Annual administration report of the Civil Veterinary Department of India - 1910-1911
Year: 1910
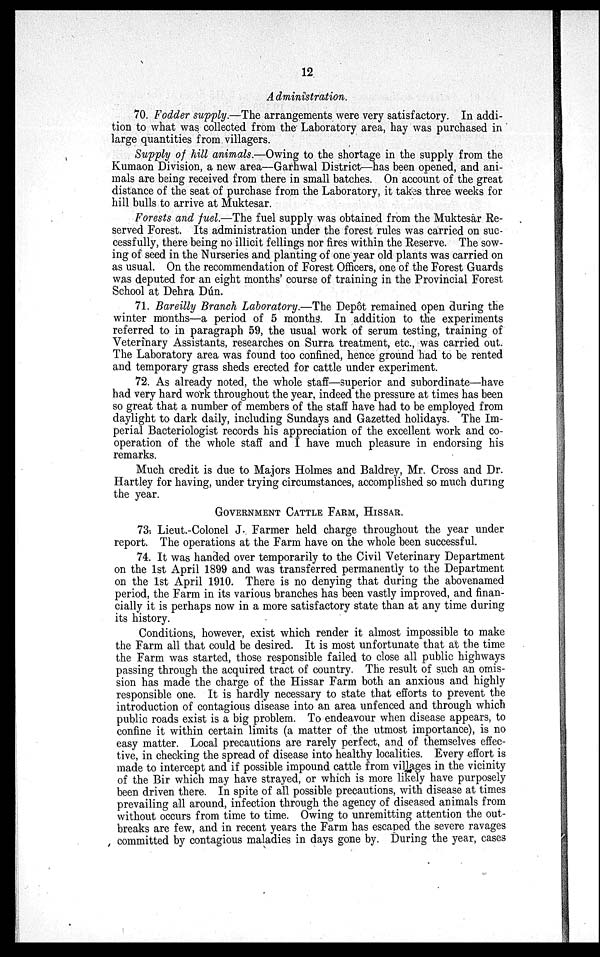
12
Administration.
70. Fodder supply.—The arrangements were very satisfactory. In addi-
tion to what was collected from the Laboratory area, hay was purchased in
large quantities from villagers.
Supply of hill animals.—Owing to the shortage in the supply from the
Kumaon Division, a new area—Garhwal District—has been opened, and ani-
mals are being received from there in small batches. On account of the great
distance of the seat of purchase from the Laboratory, it takes three weeks for
hill bulls to arrive at Muktesar.
Forests and fuel.—The fuel supply was obtained from the Muktesar Re-
served Forest. Its administration under the forest rules was carried on suc-
cessfully, there being no illicit fellings nor fires within the Reserve. The sow-
ing of seed in the Nurseries and planting of one year old plants was carried on
as usual. On the recommendation of Forest Officers, one of the Forest Guards
was deputed for an eight months' course of training in the Provincial Forest
School at Dehra Dún.
71. Bareilly Branch Laboratory.—The Depôt remained open during the
winter months—a period of 5 months. In addition to the experiments
referred to in paragraph 59, the usual work of serum testing, training of
Veterinary Assistants, researches on Surra treatment, etc., was carried out.
The Laboratory area was found too confined, hence ground had to be rented
and temporary grass sheds erected for cattle under experiment.
72. As already noted, the whole staff—superior and subordinate—have
had very hard work throughout the year, indeed the pressure at times has been
so great that a number of members of the staff have had to be employed from
daylight to dark daily, including Sundays and Gazetted holidays. The Im-
perial Bacteriologist records his appreciation of the excellent work and co-
operation of the whole staff and I have much pleasure in endorsing his
remarks.
Much credit is due to Majors Holmes and Baldrey, Mr. Cross and Dr.
Hartley for having, under trying circumstances, accomplished so much during
the year.
GOVERNMENT CATTLE FARM, HISSAR.
73. Lieut.-Colonel J. Farmer held charge throughout the year under
report. The operations at the Farm have on the whole been successful.
74. It was handed over temporarily to the Civil Veterinary Department
on the 1st April 1899 and was transferred permanently to the Department
on the 1st April 1910. There is no denying that during the abovenamed
period, the Farm in its various branches has been vastly improved, and finan-
cially it is perhaps now in a more satisfactory state than at any time during
its history.
Conditions, however, exist which render it almost impossible to make
the Farm all that could be desired. It is most unfortunate that at the time
the Farm was started, those responsible failed to close all public highways
passing through the acquired tract of country. The result of such an omis-
sion has made the charge of the Hissar Farm both an anxious and highly
responsible one. It is hardly necessary to state that efforts to prevent the
introduction of contagious disease into an area unfenced and through which
public roads exist is a big problem. To endeavour when disease appears, to
confine it within certain limits (a matter of the utmost importance), is no
easy matter. Local precautions are rarely perfect, and of themselves effec-
tive, in checking the spread of disease into healthy localities. Every effort is
made to intercept and if possible impound cattle from villages in the vicinity
of the Bir which may have strayed, or which is more likely have purposely
been driven there. In spite of all possible precautions, with disease at times
prevailing all around, infection through the agency of diseased animals from
without occurs from time to time. Owing to unremitting attention the out-
breaks are few, and in recent years the Farm has escaped the severe ravages
committed by contagious maladies in days gone by. During the year, cases